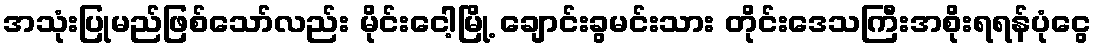
အသုံးပြုမည်ဖြစ်သော်လည်း မိုင်းငေါ့မြို့ ချောင်းခွမင်းသား တိုင်းဒေသကြီးအစိုးရရန်ပုံငွေ